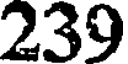
239